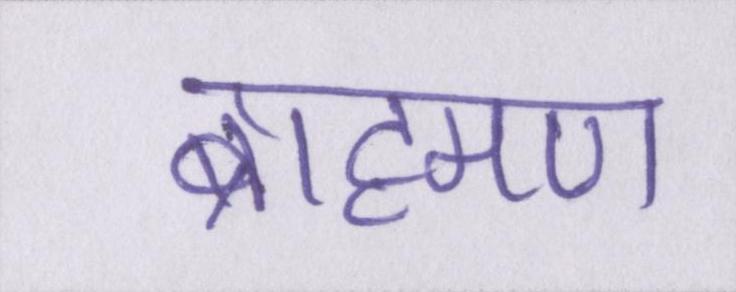
ब्राह्मण